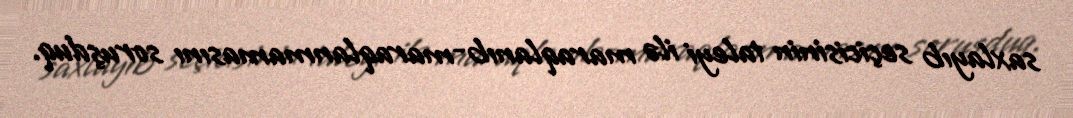
saxlayıb seçicisinin taleyi ilə maraqlanıb-maraqlanmamasını soruşduq.